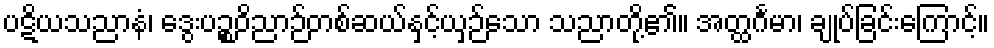
ပဋိယသညာနံ၊ ဒွေးပဉ္စဝိညာဉ်တစ်ဆယ်နှင့်ယှဉ်သော သညာတို့၏။ အတ္ထင်္ဂမာ၊ ချုပ်ခြင်းကြောင့်။